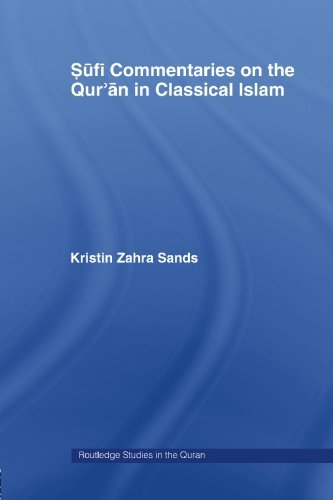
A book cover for Sufi Commentaries on the Qur'an in Classical Islam (Routledge Studies in the Quran); Kristin Zahra Sands; Religion & Spirituality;